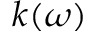
k ( \omega )